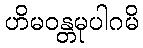
ဟိမဝန္တမုပါဂမိ